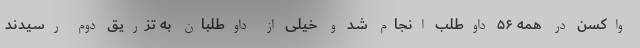
واکسن در همه ۵۶ داوطلب انجام شد و خیلی از داوطلبان به تزریق دوم رسیدند